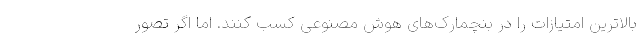
بالاترین امتیازات را در بنچمارک‌های هوش مصنوعی کسب کنند. اما اگر تصور